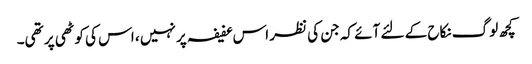
کچھ لوگ نکاح کے لئے آئے کہ جن کی نظر اس عفیفہ پر نہیں ، اس کی کوٹھی پر تھی۔